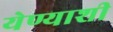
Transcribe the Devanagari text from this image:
येण्याशी